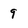
Character: g